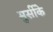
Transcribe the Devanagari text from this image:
मुर्सीके